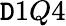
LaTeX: \mathtt{D}1Q4